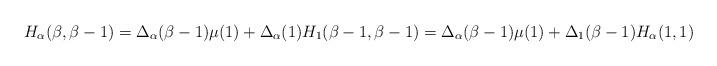
LaTeX: \begin{align*}H_\alpha(\beta,\beta-1) = \Delta_\alpha(\beta-1) \mu(1) + \Delta_\alpha(1) H_1(\beta-1,\beta-1)=\Delta_\alpha(\beta-1) \mu(1) +\Delta_1(\beta-1) H_\alpha(1,1) \end{align*}